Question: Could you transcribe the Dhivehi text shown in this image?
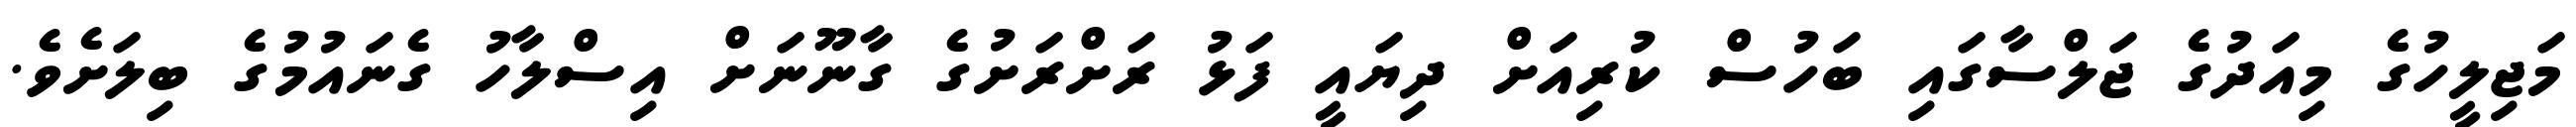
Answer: މަޖިލީހުގެ މިއަދުގެ ޖަލްސާގައި ބަހުސް ކުރިއަށް ދިޔައީ ފަޅު ރަށްރަށުގެ ގާނޫނަށް އިސްލާހު ގެނައުމުގެ ބިލަށެވެ.